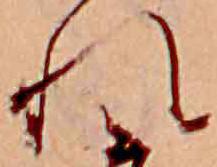
れ